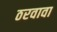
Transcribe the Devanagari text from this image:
ठरवावा